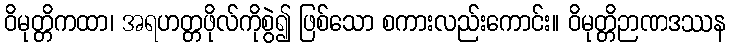
ဝိမုတ္တိကထာ၊ အရဟတ္တဖိုလ်ကိုစွဲ၍ ဖြစ်သော စကားလည်းကောင်း။ ဝိမုတ္တိဉာဏဒဿန